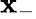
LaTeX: \mathbf{x}_{-}